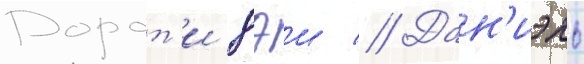
Дорот'и дэи // Дан'иэль